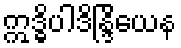
ဣဒ္ဓိပါဒိန္ဒြိယေန